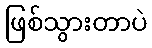
ဖြစ်သွားတာပဲ